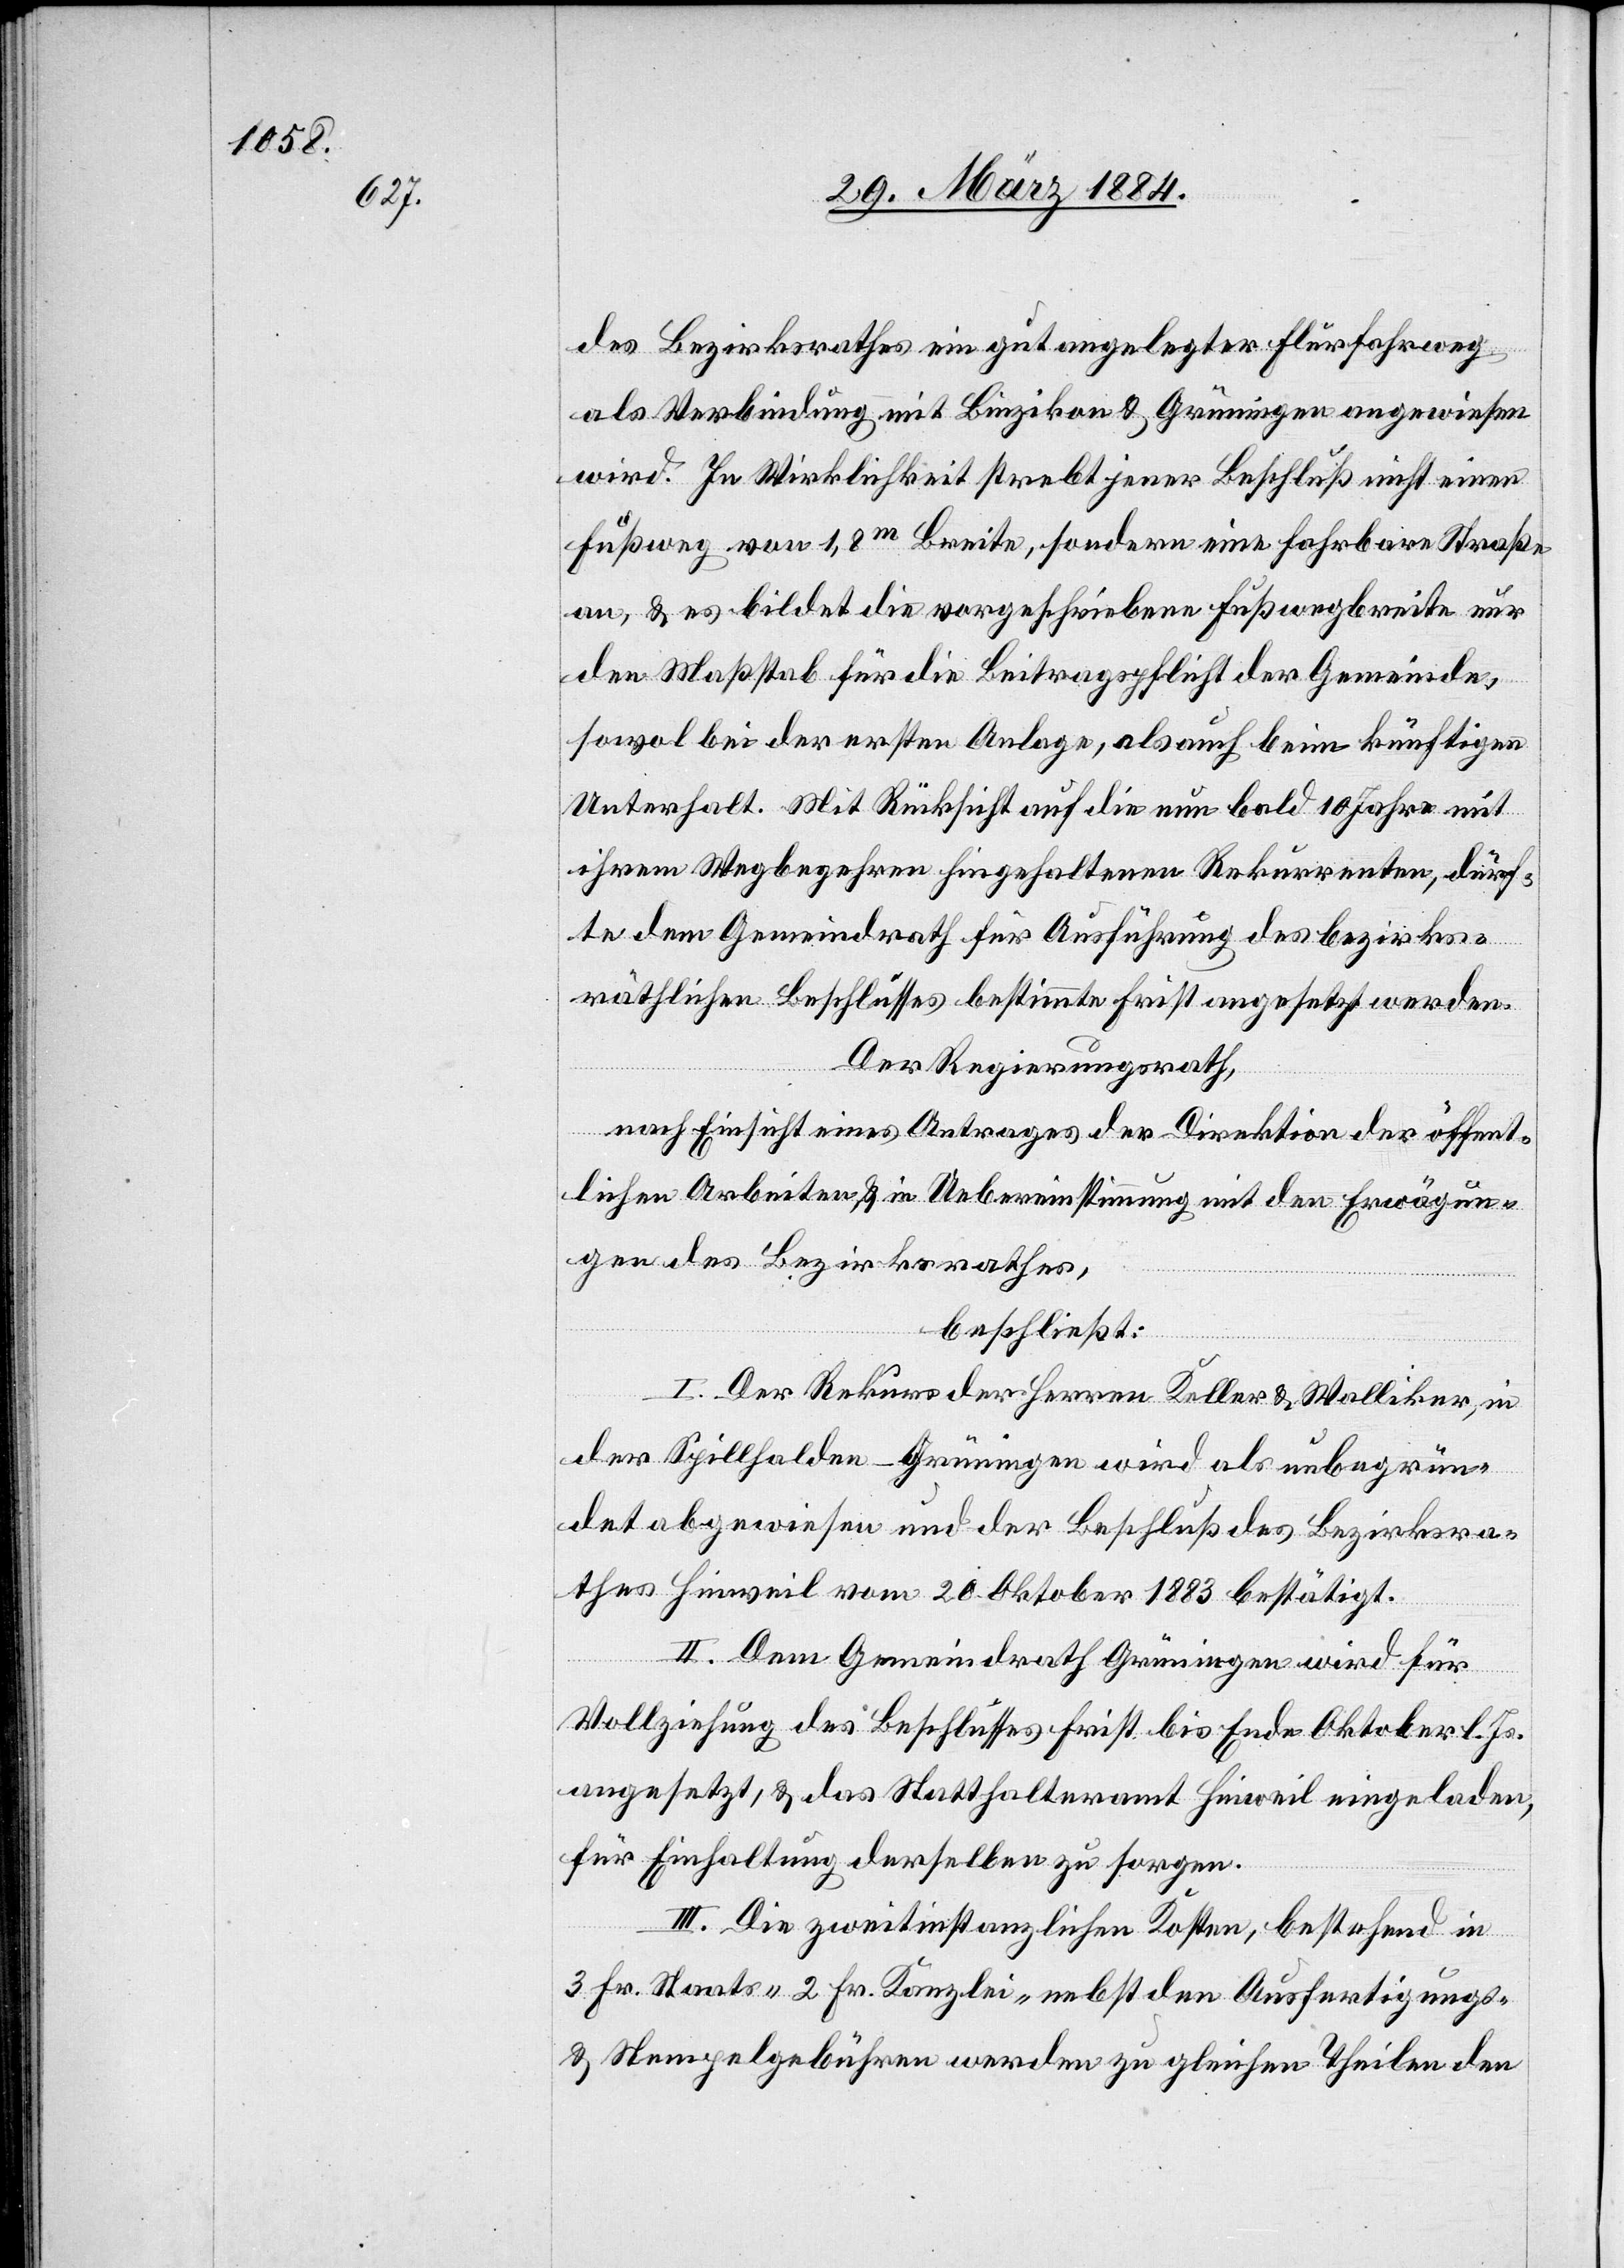
des Bezirksrathes ein gut angelegter Flurfahrweg
als Verbindung mit Binzikon & Grüningen angewiesen
wird. In Wirklichkeit strebt jener Beschluß nicht einen
Fußweg von 1,8m Breite, sondern eine fahrbare Straße
an, & es bildet die vorgeschriebene Fußwegbreite nur
den Maßstab für die Beitragspflicht der Gemeinde,
sowol bei der ersten Anlage, als auch beim künftigen
Unterhalt. Mit Rücksicht auf die nun bald 10 Jahre mit
ihrem Wegbegehren hingehaltenen Rekurrenten, dürf¬
te dem Gemeindrath für Ausführung des bezirks¬
räthlichen Beschlußes bestimmte Frist angesetzt werden.
Der Regierungsrath,
nach Einsicht eines Antrages der Direktion der öffent¬
lichen Arbeiten & in Uebereinstimmung mit den Erwägun¬
gen des Bezirksrathes,
beschließt:
I. Der Rekurs der Herren Keller & Walliker, in
der Spillhalden - Grüningen wird als unbegrün¬
det abgewiesen und der Beschluß des Bezirksra¬
thes Hinweil vom 20. Oktober 1883 bestätigt.
II. Dem Gemeindrath Grüningen wird für
Vollziehung des Beschlusses Frist bis Ende Oktober l. Js.
angesetzt, & das Statthalteramt Hinweil eingeladen,
für Einhaltung derselben zu sorgen.
III. Die zweitinstanzlichen Kosten, bestehend in
3 Fr. Staats-, 2 Fr. Kanzlei-, nebst den Ausfertigungs-
& Stempelgebühren werden zu gleichen Theilen den